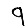
Digit: 9